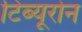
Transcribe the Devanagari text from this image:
टिब्यूरोन